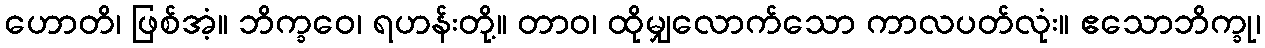
ဟောတိ၊ ဖြစ်အံ့။ ဘိက္ခဝေ၊ ရဟန်းတို့။ တာဝ၊ ထိုမျှလောက်သော ကာလပတ်လုံး။ ဧသောဘိက္ခု၊